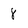
Character: 8